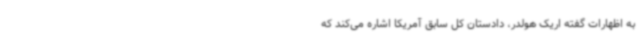
به اظهارات گفته اریک هولدر، دادستان کل سابق آمریکا اشاره می‌کند که